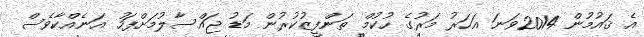
އެ ޤައުމުން 2014ވަނަ އަހަރު މަރުގެ ހުކުމް ތަންފީޒުކުރުން މަޑު ޖައްސާލުމަށްފަހު އަނެއްކާވެސް